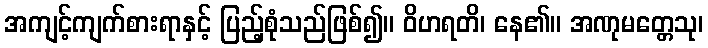
အကျင့်ကျက်စားရာနှင့် ပြည့်စုံသည်ဖြစ်၍။ ဝိဟရတိ၊ နေ၏။ အဏုမတ္တေသု၊